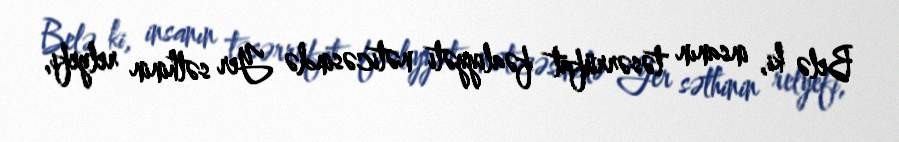
Belə ki, insanın təsərrüfat fəaliyyəti nəticəsində Yer səthinin relyefi,